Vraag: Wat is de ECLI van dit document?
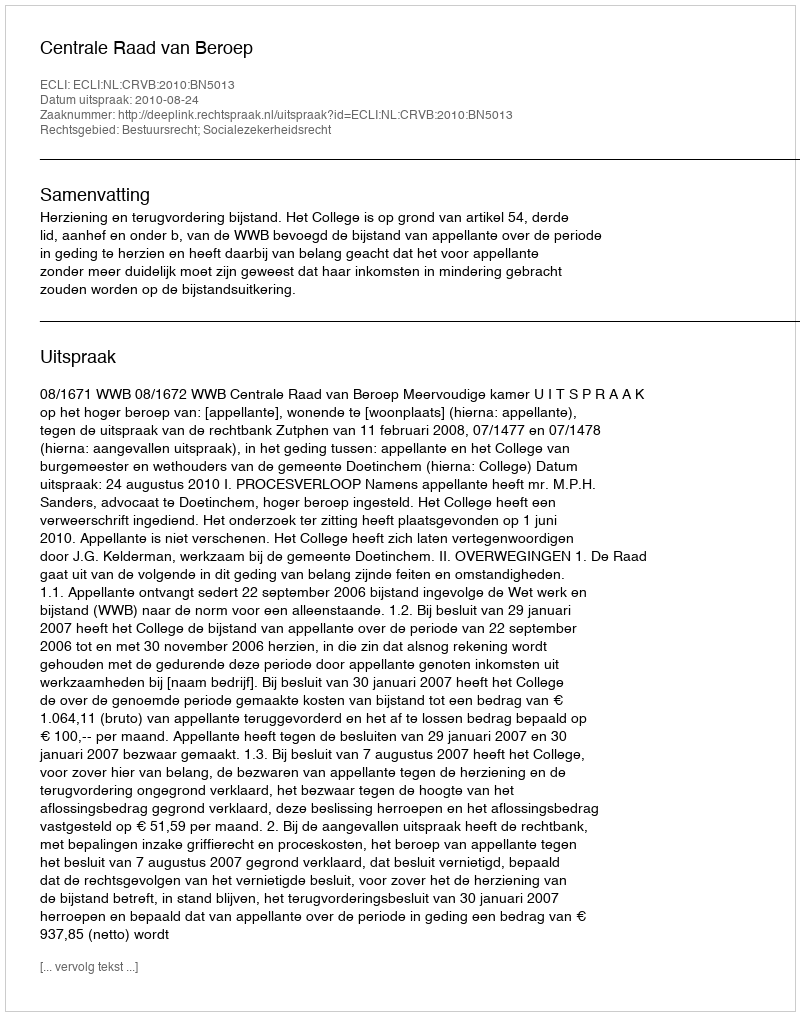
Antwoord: ECLI:NL:CRVB:2010:BN5013